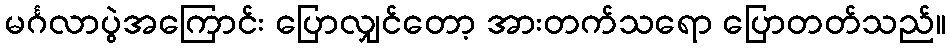
မင်္ဂလာပွဲအကြောင်း ပြောလျှင်တော့ အားတက်သရော ပြောတတ်သည်။